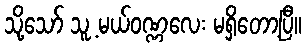
သို့သော် သူ့ မယ်ဝဏ္ဏလေး မရှိတော့ပြီ။